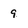
Character: 9